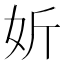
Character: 妡